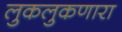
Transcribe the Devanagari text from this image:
लुकलुकणारा